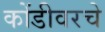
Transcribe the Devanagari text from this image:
कोंडीवरचे